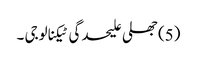
(5) جھلی علیحدگی ٹیکنالوجی ۔